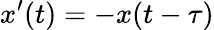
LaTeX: x^{\prime}(t)=-x(t-\tau)